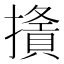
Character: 𢶦